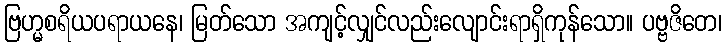
ဗြဟ္မစရိယပရာယနေ၊ မြတ်သော အကျင့်လျှင်လည်းလျောင်းရာရှိကုန်သော။ ပဗ္ဗဇိတေ၊